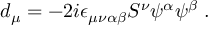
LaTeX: d _ { \mu } = - 2 i \epsilon _ { \mu \nu \alpha \beta } S ^ { \nu } \psi ^ { \alpha } \psi ^ { \beta } \; .